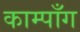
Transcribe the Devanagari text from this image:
काम्पाँग